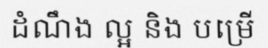
ដំណឹង ល្អ និង បម្រើ